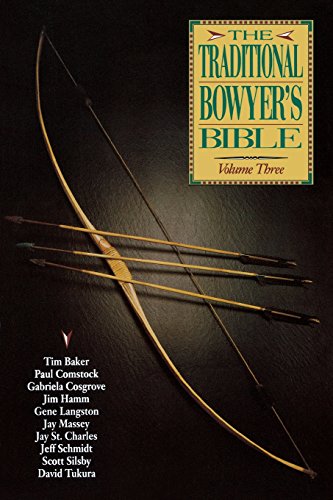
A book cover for The Traditional Bowyer's Bible, Volume 3; Sports & Outdoors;